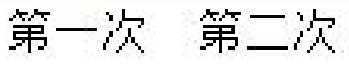
第一次 第二次